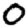
Digit: 0